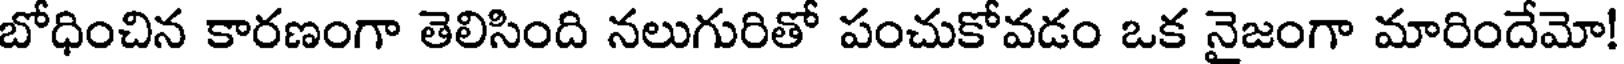
బోధించిన కారణంగా తెలిసింది నలుగురితో పంచుకోవడం ఒక నైజంగా మారిందేమో!